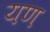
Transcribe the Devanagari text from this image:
यण